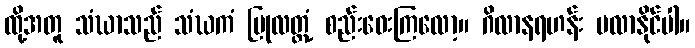
ထို့အတူ သံဃာသည် သံဃကံ ပြုလတ္တံ့ စည်းဝေးကြလော့။ ဂိလာနရဟန်း မလာနိုင်ပါ။